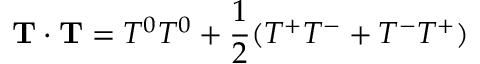
{ \bf T } \cdot { \bf T } = T ^ { 0 } T ^ { 0 } + \frac { 1 } { 2 } ( T ^ { + } T ^ { - } + T ^ { - } T ^ { + } )